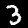
Digit: 3